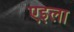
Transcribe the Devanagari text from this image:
एइला